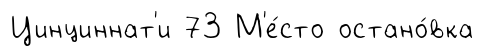
Цинциннат'и 73 М'е́сто остано́вка